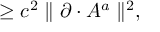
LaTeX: \geq c ^ { 2 } \parallel \partial \cdot A ^ { a } \parallel ^ { 2 } ,